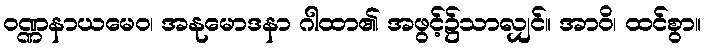
ဝဏ္ဏနာယမေဝ၊ အနုမောဒနာ ဂါထာ၏ အဖွင့်၌သာလျှင်။ အာဝိ၊ ထင်စွာ။